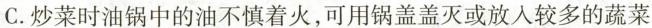
C.炒菜时油锅中的油不慎着火，可用锅盖盖灭或放入较多的蔬菜